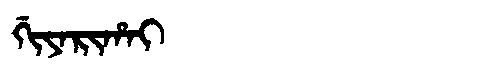
Manchu: ᡤᡳᠶᠠᡵᡳᡥᠠᡳ
Romanization: GIYARIHAI